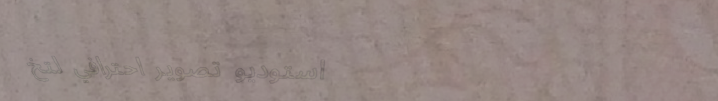
استوديو تصوير احترافي لتخ